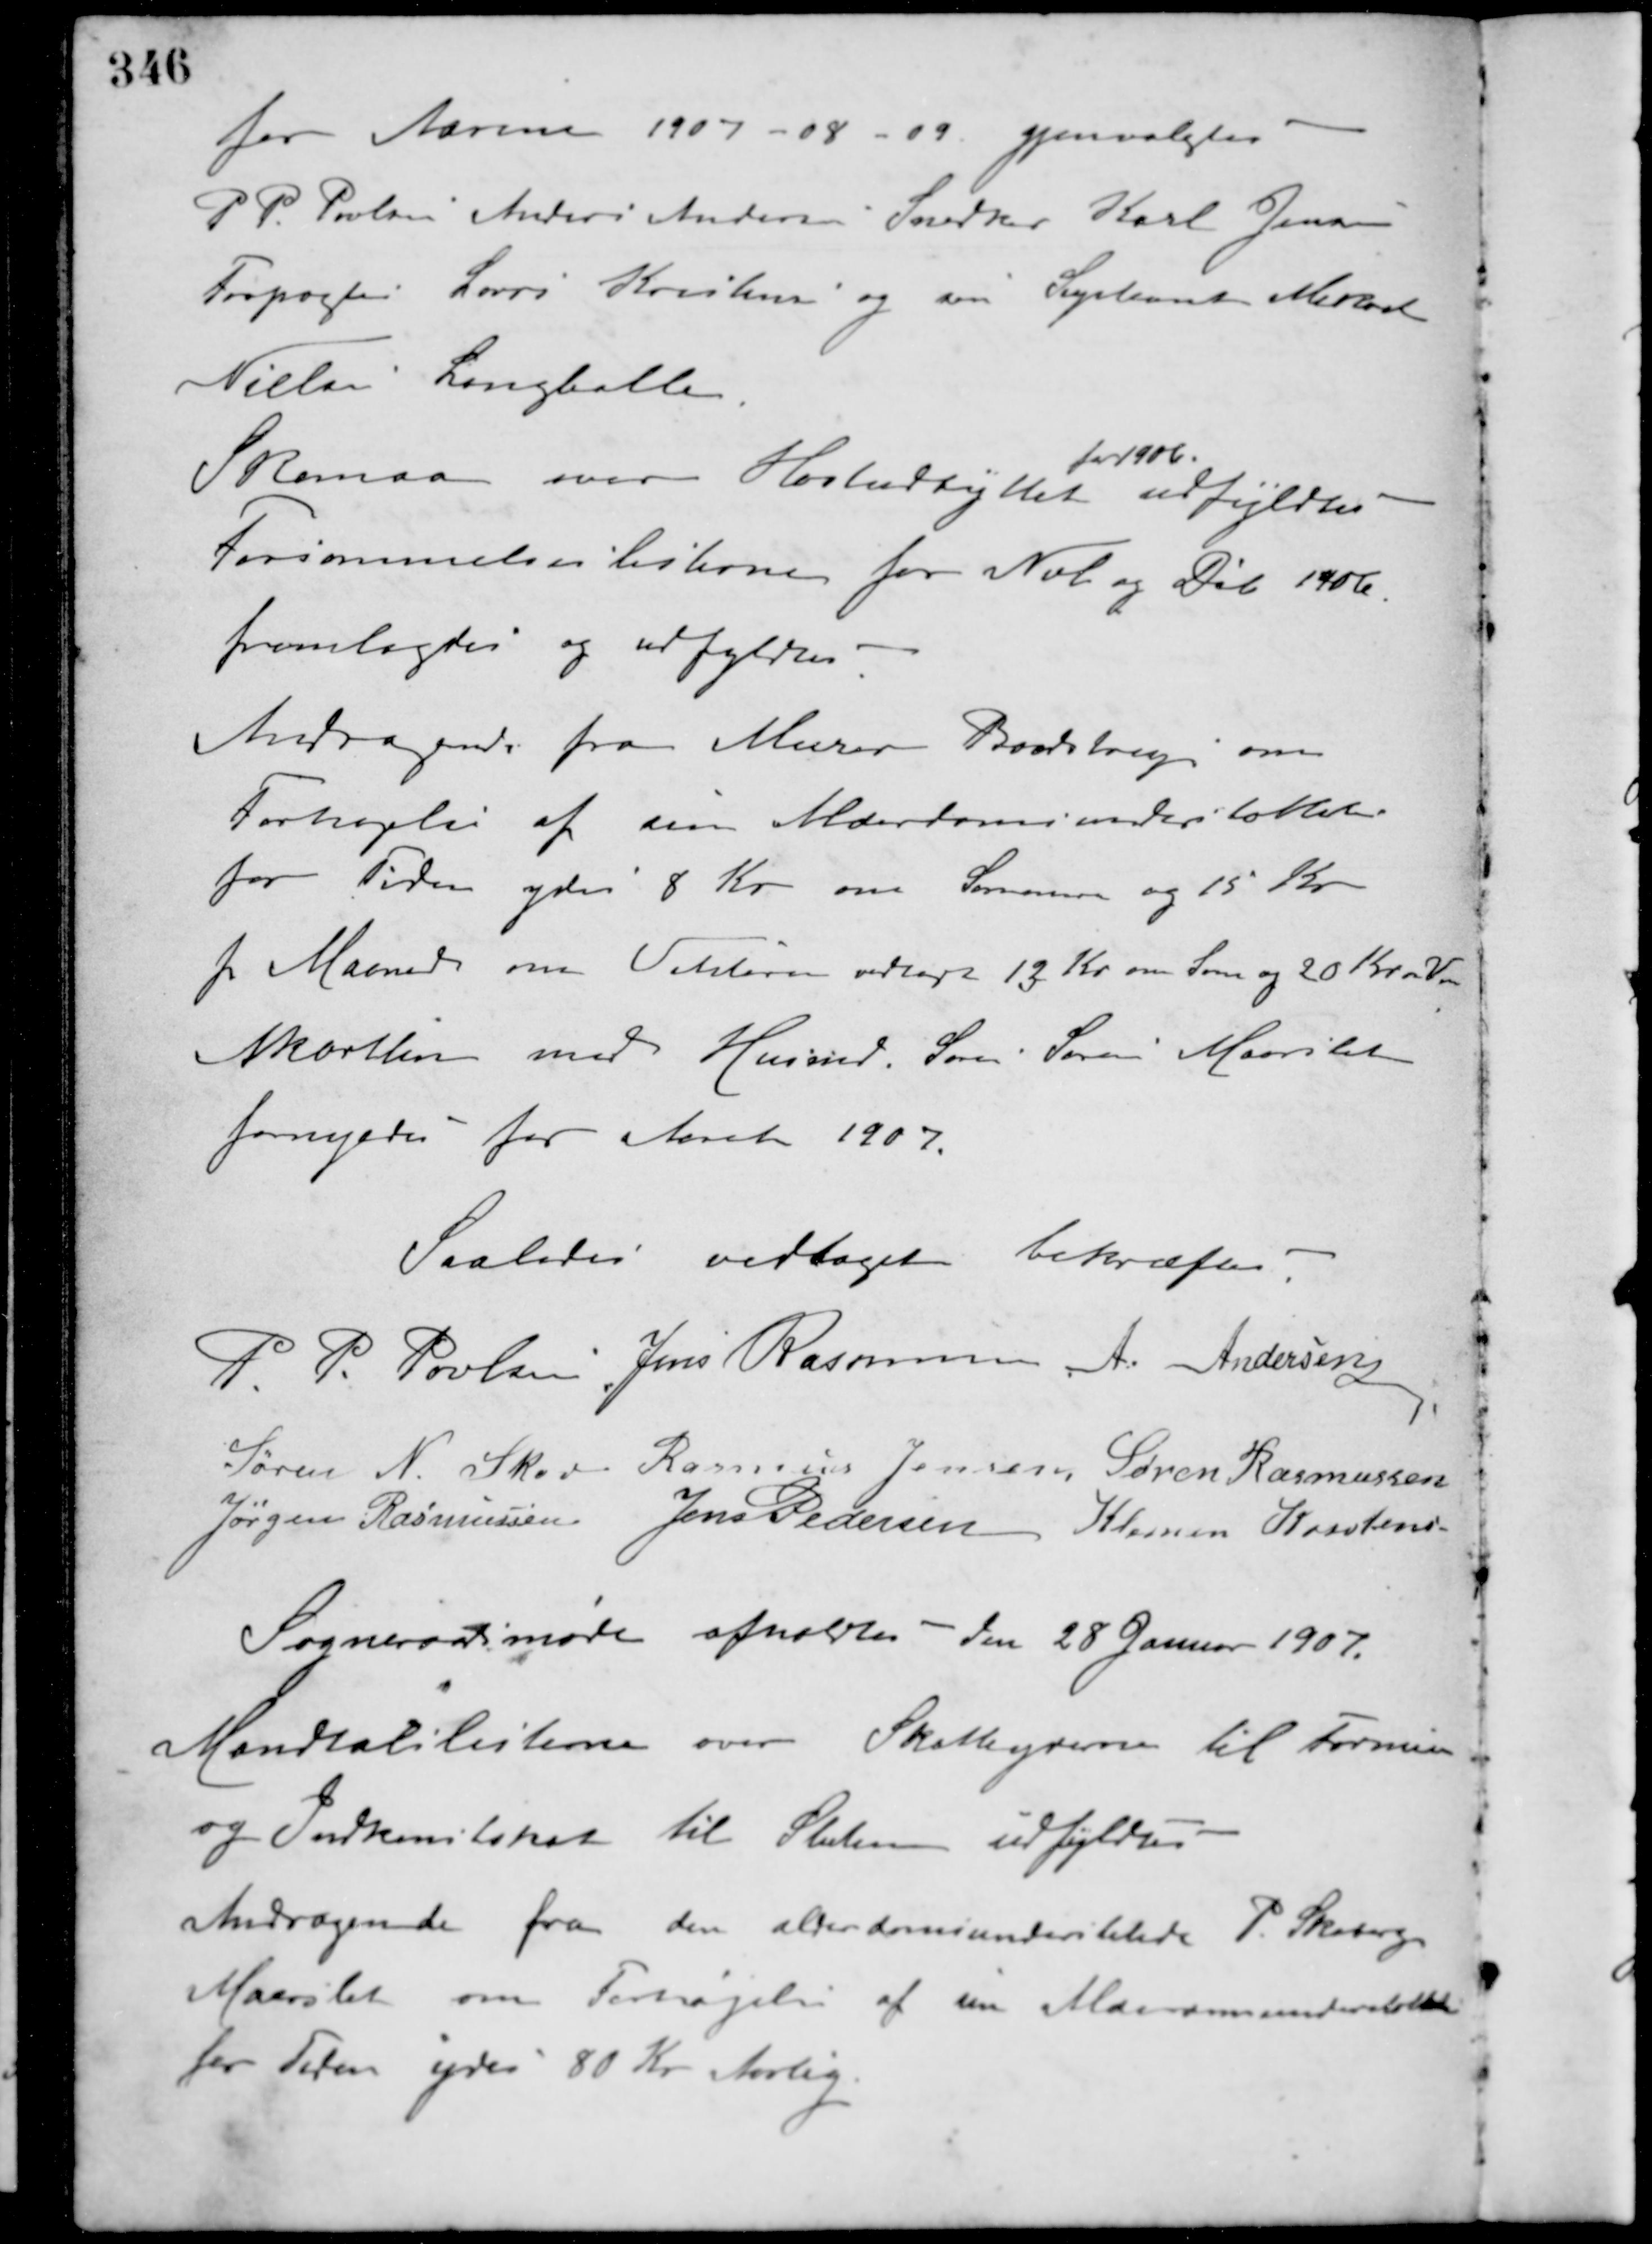
Transskription:
for Aarene 1907-08-09. gjenvalgtes
P. P. Poulsen Anders Andersen Snedker Karl Jensen
Forpagter Laurs Kristensen og som Supleant Mikael
Nielsen Langballe.
Skema over Høstudbyttet
for 1906.
udfyldtes.
Forsømmelseslisterne for Nob. og Deb. 1906.
fremlagdes og udfyldtes.
Andragende fra Murer Baadstrup om
Forhøjelse af sin Alderdomsunderstøttelse
for Tiden ydes 8 Kr. om Sommen og 15 Kr.
pr. Maaned om Vinteren vedtoges 13 Kr. om Som. og 20 Kr. om Vin.
Akordlin med Husmd. Søren Sørensen Maarslet
fornyedes for Aaret 1907.
Saaledes vedtaget bekræftes
P. P. Poulsen Jens Rasmussen A. Andersen
Søren N. Skov Rasmus Jensen Søren Rasmussen
Jørgen Rasmussen Jens Pedersen Klemen Kristensen
Sogneraadsmøde afholdtes den 28 Januar 1907.
Mandtalslisterne over Skatteyderne til Formue
og Indkomstskat til Staten udfyldtes.
Andragende fra den alderdomsunderstøttede P. Skoberg
Maarslet om Forhøjelse af sin Alderdomsunderstøttelse
for Tiden ydes 80 Kr. Aarlig.